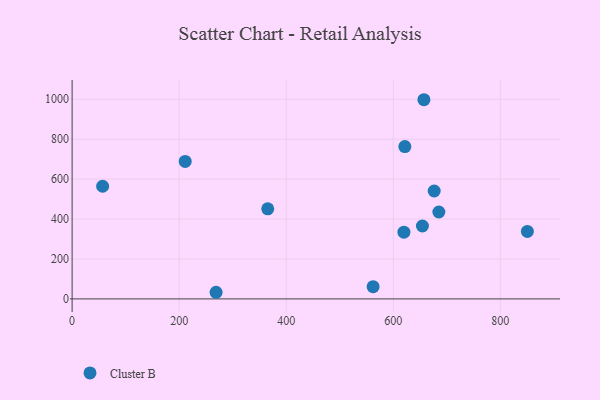
{"axis": {"x": "Distance", "y": "Demand"}, "legend": ["Cluster B"], "data": [{"x": "365.5", "y": 451.1, "type": "Cluster B"}, {"x": "654.5", "y": 365.1, "type": "Cluster B"}, {"x": "621.7", "y": 763.1, "type": "Cluster B"}, {"x": "57.0", "y": 564.2, "type": "Cluster B"}, {"x": "657.3", "y": 997.6, "type": "Cluster B"}, {"x": "619.9", "y": 334.3, "type": "Cluster B"}, {"x": "562.4", "y": 61.4, "type": "Cluster B"}, {"x": "269.0", "y": 33.2, "type": "Cluster B"}, {"x": "685.2", "y": 435.2, "type": "Cluster B"}, {"x": "850.6", "y": 338.2, "type": "Cluster B"}, {"x": "676.5", "y": 540.4, "type": "Cluster B"}, {"x": "211.3", "y": 688.8, "type": "Cluster B"}]}